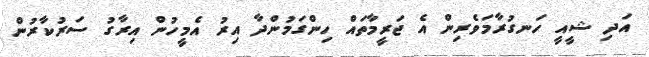
އަދި ޝީއީ ހަނގުރާމަވެރިން އެ ޖަރީމާތައް ހިންގަމުންދާ އިރު އެމީހުން އިރާގު ސަރުކާރުން